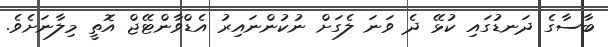
ބާސާގެ ދަނޑުގައި ކުޅޭ ދެ ވަނަ ލެގަށް ނުކުންނައިރު އެޑްވާންޓޭޖް އޮތީ މިލާނަށެވެ.